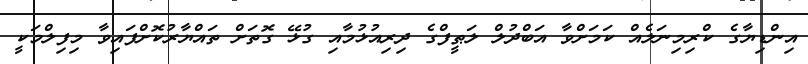
އިންޑިޔާގެ ކްރިމިނަލެއް ކަމަށްވާ އަބްދުލް ލަޠީފްގެ ދިރިއުޅުމާއި ގުޅޭ ގޮތަށް ތައްޔާރުކޮށްފައިވާ މިފިލްމަކީ